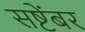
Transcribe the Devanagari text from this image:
सष्टेंबर